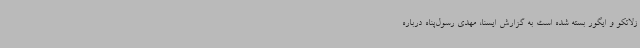
زلاتکو و ایگور بسته شده است به گزارش ایسنا، مهدی رسول‌پناه درباره